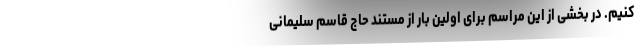
کنیم. در بخشی از این مراسم برای اولین بار از مستند حاج قاسم سلیمانی